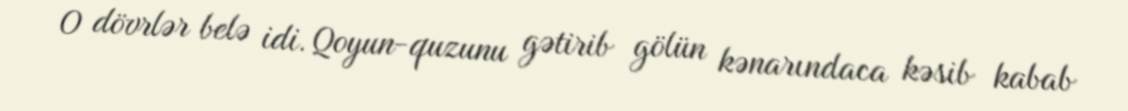
O dövrlər belə idi. Qoyun-quzunu gətirib gölün kənarındaca kəsib kabab